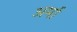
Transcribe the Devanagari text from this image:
अर्मा